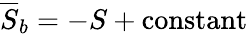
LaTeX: \overline{{S}}_{b}=-S+\mathrm{constant}